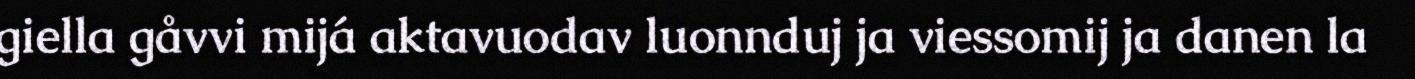
giella gåvvi mijá aktavuodav luonnduj ja viessomij ja danen la